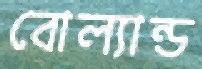
বোল্যান্ড